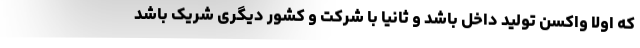
که اولا واکسن تولید داخل باشد و ثانیا با شرکت و کشور دیگری شریک باشد